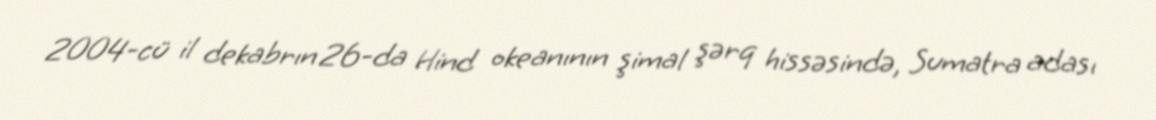
2004-cü il dekabrın 26-da Hind okeanının şimal şərq hissəsində, Sumatra adası